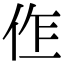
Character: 𠈨